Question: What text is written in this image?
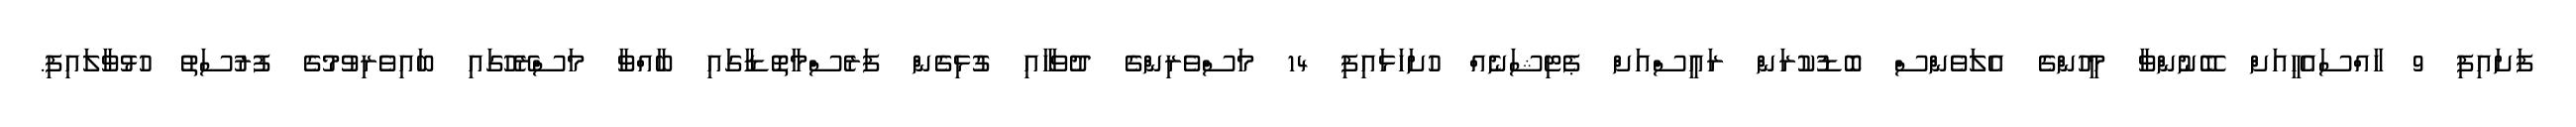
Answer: ފަށައިފި 9 ހާއްސައެހީއަށް ބޭނުންވާ މީހުންގެ އެލަވެންސް ބޮޑުކުރަން ރައީސްއަށް ޕެޓިޝަނެއް ހުށަހަޅައިފި 14 މަސްވެރިންގެ ދުވަހާއި ގުޅިގެން ފަރެސްމާތޮޑާގައި ބާއްވާ މަސްރޭހުގައި ބައިވެރިވުމުގެ ފުރުސަތު ހުޅުވާލައިފި.